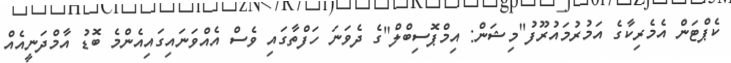
ކެޕްޓަން އެމެރިކާގެ އަމުރުމައުރޫފު"މިޝަން: އިމްޕޮސިބްލް"ގެ ދެވަނަ ހަފްތާގައި ވެސް އެއްވަނައިގައިއެންމެ ބޮޑު އާމްދަނީއެއް